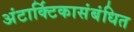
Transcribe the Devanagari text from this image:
अंटार्क्टिकासंबंधित